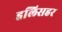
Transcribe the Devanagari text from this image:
हलिसहर